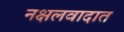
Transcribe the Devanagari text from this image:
नक्षलवादात